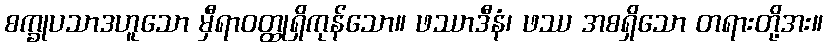
စက္ခုပသာဒဟူသော မှီရာဝတ္ထုရှိကုန်သော။ ဖဿာဒီနံ၊ ဖဿ အစရှိသော တရားတို့အး။